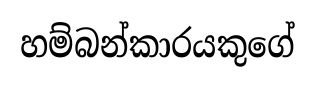
හම්බන්කාරයකුගේ